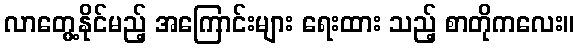
လာတွေ့နိုင်မည့် အကြောင်းများ ရေးထား သည့် စာတိုကလေး။